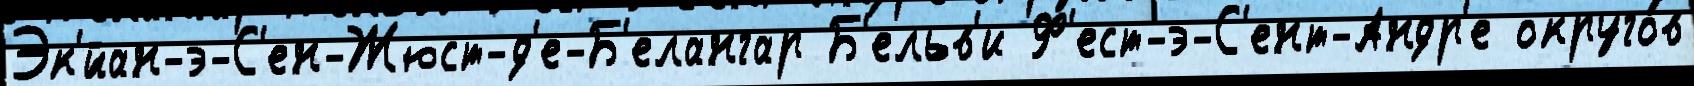
Эк'́йан-э-С'ен-Жюст-д'е-Б'елангар Б'ельв'и Ф'ест-э-С'ент-Андр'е округо́в